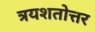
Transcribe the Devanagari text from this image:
त्रयशतोत्तर